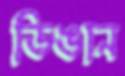
ডিঙান